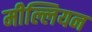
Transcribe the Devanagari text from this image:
मील्लियन